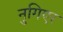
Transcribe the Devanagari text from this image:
नुगिएर